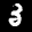
Label: 3